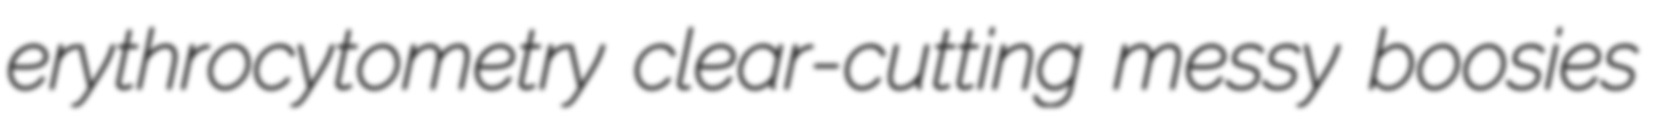
erythrocytometry clear-cutting messy boosies